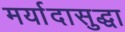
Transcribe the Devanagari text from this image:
मर्यादासुद्धा